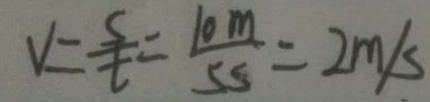
V = \frac { s } { t } = \frac { 1 0 m } { 5 s } = 2 m / s